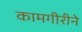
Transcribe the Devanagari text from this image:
कामगीरीने